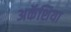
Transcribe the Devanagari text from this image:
अकॅशिया